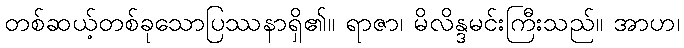
တစ်ဆယ့်တစ်ခုသောပြဿနာရှိ၏။ ရာဇာ၊ မိလိန္ဒမင်းကြီးသည်။ အာဟ၊